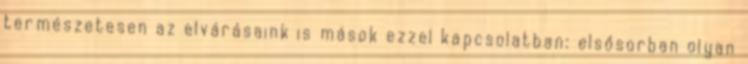
természetesen az elvárásaink is mások ezzel kapcsolatban: elsősorban olyan